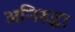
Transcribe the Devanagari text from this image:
अनिरुद्धा